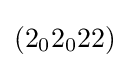
(2_{0}2_{0}22)